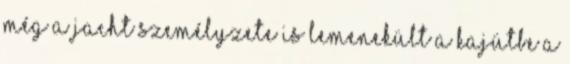
Még a jacht személyzete is lemenekült a kajütbe a